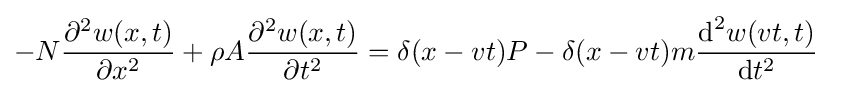
-N{\frac {\partial ^{2}w(x,t)}{\partial x^{2}}}+\rho A{\frac {\partial ^{2}w(x,t)}{\partial t^{2}}}=\delta (x-vt)P-\delta (x-vt)m{\frac {{\mbox{d}}^{2}w(vt,t)}{{\mbox{d}}t^{2}}}\